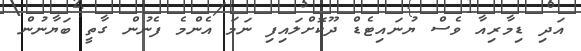
އަދި ޑިމާރިއާ ވެސް ޔުނައިޓެޑް ދޫކޮށްލައިފި ނަމަ އެންމެ ފެނުން ގާތީ ބަޔާނުން